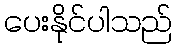
ပေးနိုင်ပါသည်